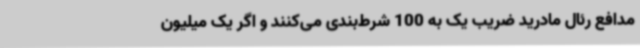
مدافع رئال مادرید ضریب یک به 100 شرط‌بندی می‌کنند و اگر یک میلیون